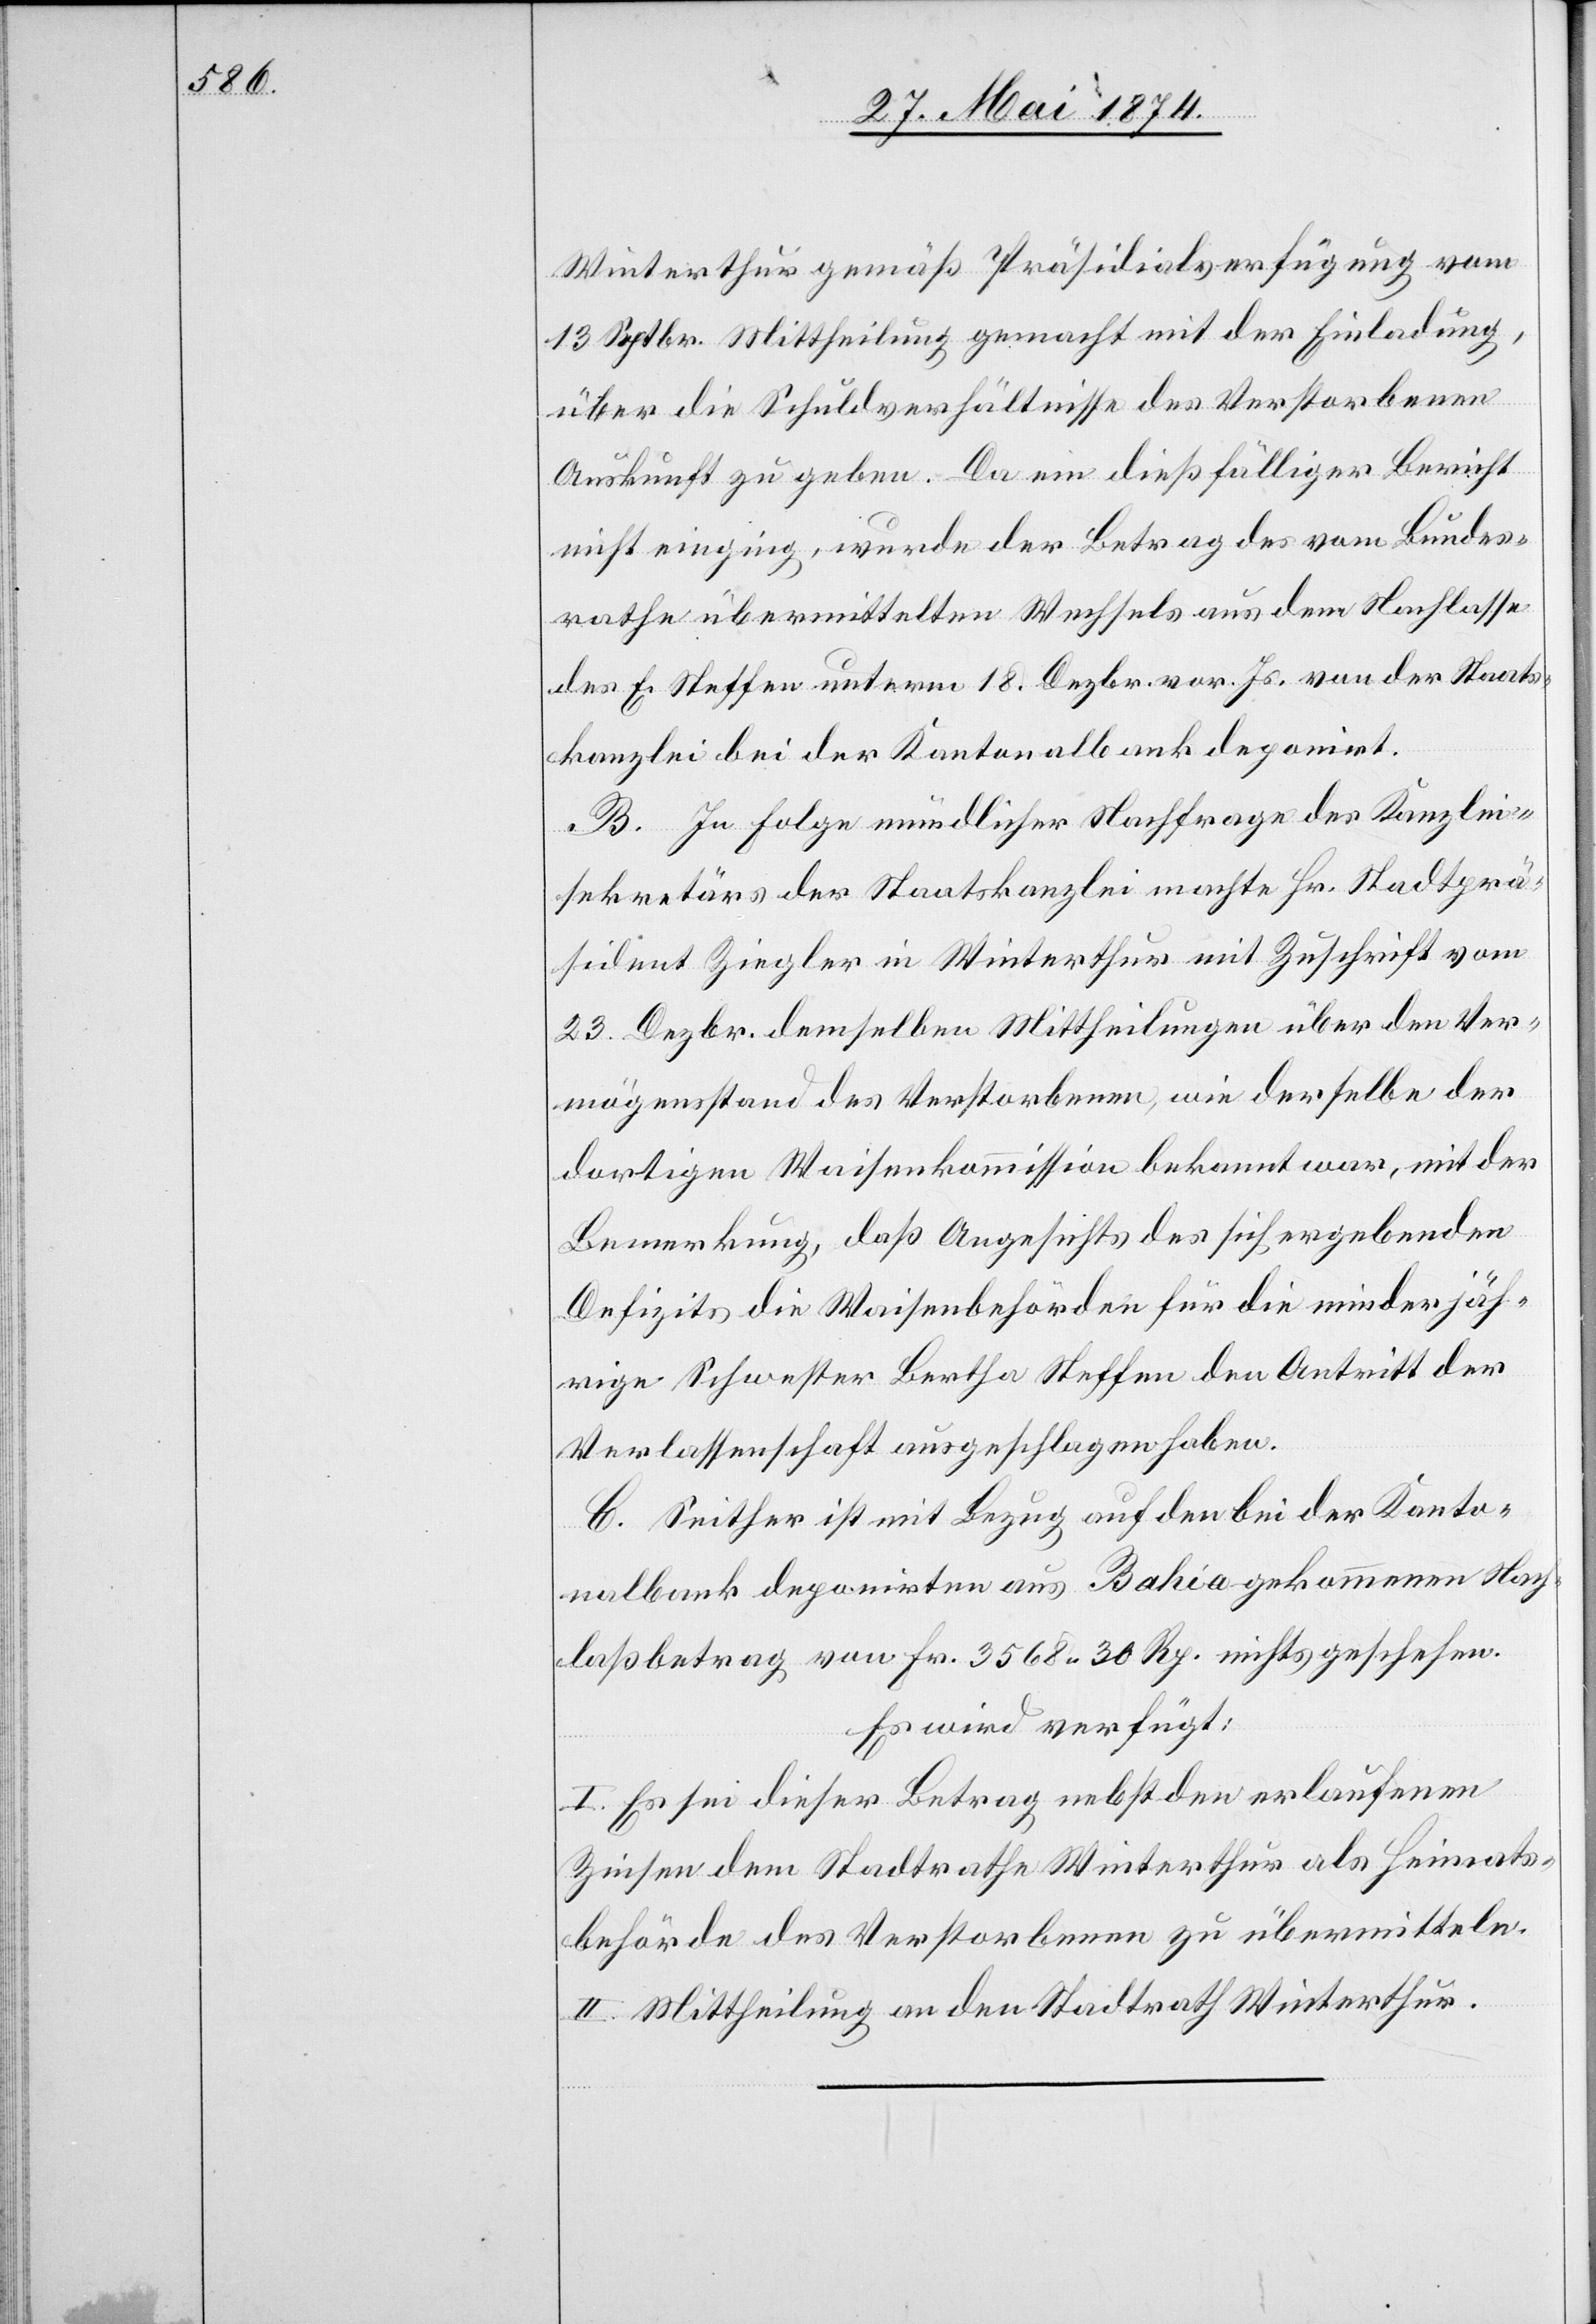
Winterthur gemäß Präsidialsverfügung vom
13. Septbr. Mittheilung gemacht mit der Einladung,
über die Schuldverhältnisse des Verstorbenen
Auskunft zu geben. Da ein dießfälliger Bericht
nicht einging, wurde der Betrag des vom Bundes¬
rathe übermittelten Wechsels aus dem Nachlasse
des E. Steffen unterm 18. Dezbr. vor. Js. von der Staats¬
kanzlei bei der Kantonalbank deponirt.
B. In Folge mündlicher Nachfrage des Kanzlei¬
sekretärs der Staatskanzlei machte Hr. Stadtprä¬
sident Ziegler in Winterthur mit Zuschrift vom
23. Dezbr. demselben Mittheilungen über den Ver¬
mögensstand des Verstorbenen, wie derselbe der
dortigen Waisenkommission bekannt war, mit der
Bemerkung, daß Angesichts des sich ergebenden
Defizits die Waisenbehörden für die minderjäh¬
rige Schwester Bertha Steffen den Antritt der
Verlassenschaft ausgeschlagen haben.
C. Seither ist mit Bezug auf den bei der Kanto¬
nalbank deponirten aus Bahia gekommenen Nach¬
laßbetrag von Fr. 3568.30 Rp. nichts geschehen.
Es wird verfügt:
I. Es sei dieser Betrag nebst den erlaufenen
Zinsen dem Stadtrathe Winterthur als Heimats¬
behörde des Verstorbenen zu übermitteln.
II. Mittheilung an den Stadtrath Winterthur.